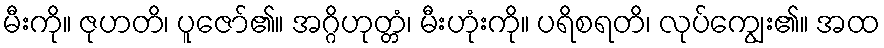
မီးကို။ ဇုဟတိ၊ ပူဇော်၏။ အဂ္ဂိဟုတ္တံ၊ မီးဟုံးကို။ ပရိစရတိ၊ လုပ်ကျွေး၏။ အထ